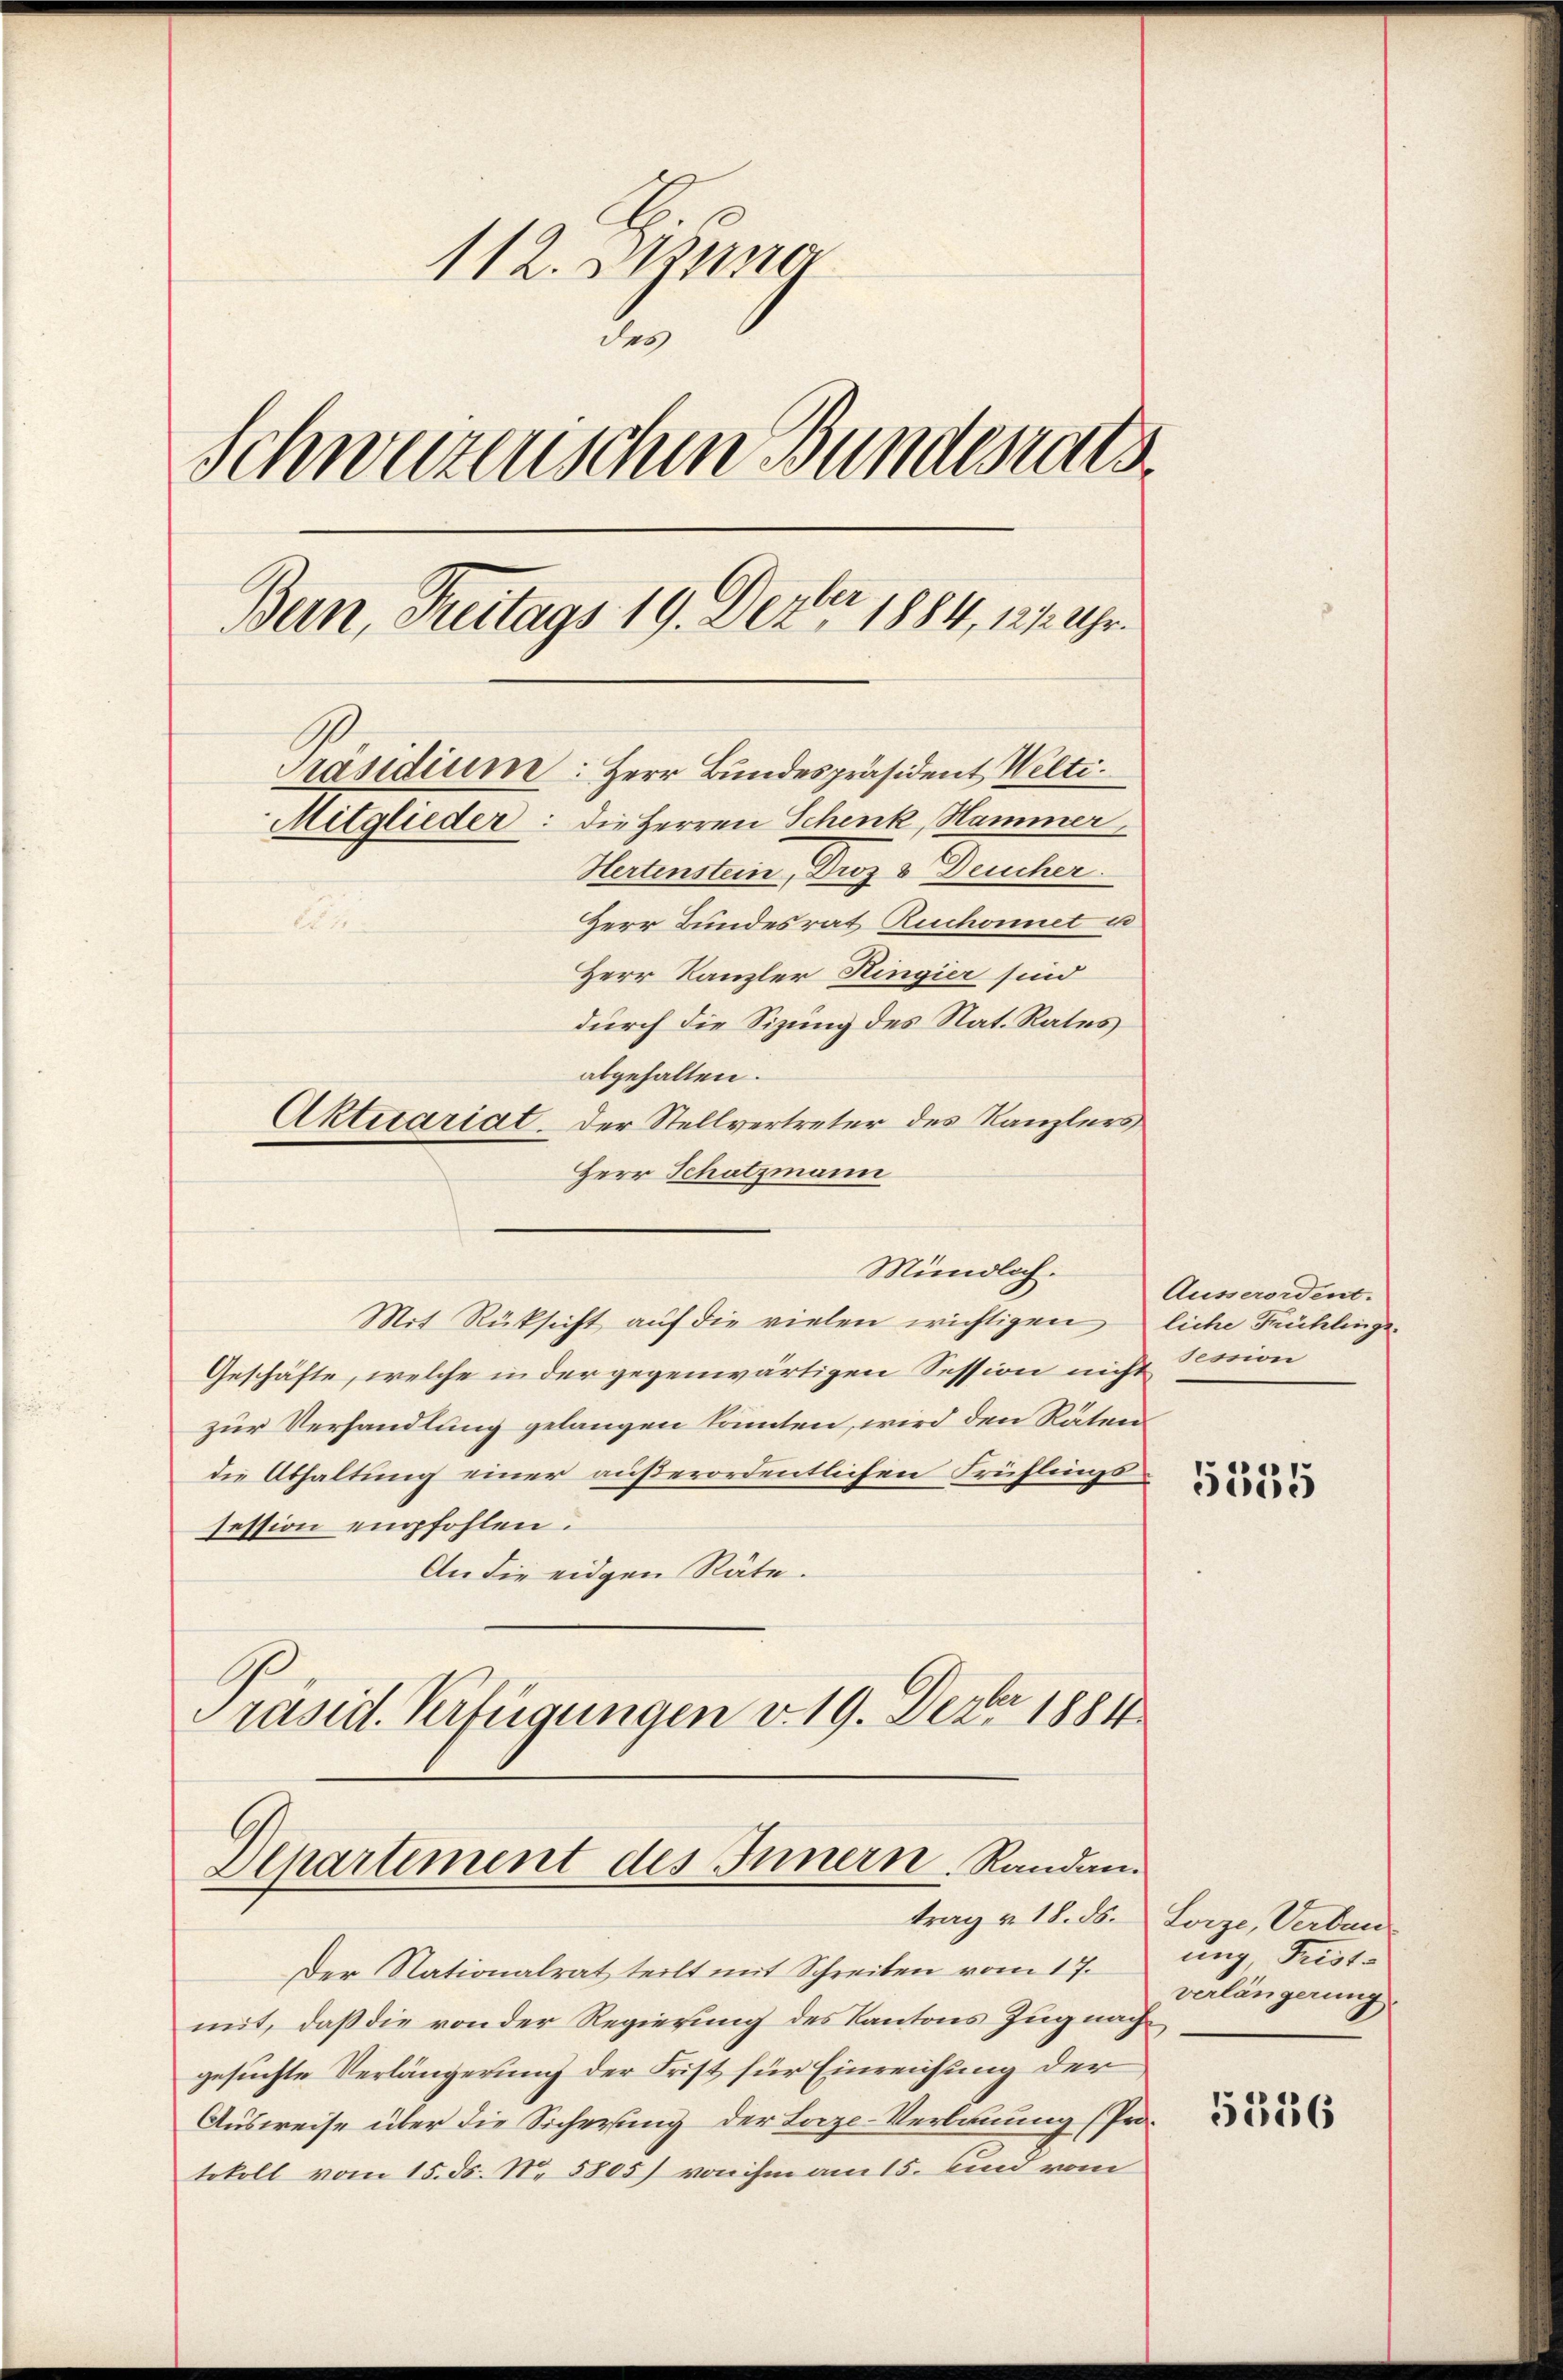
112. Miner
des
Schwuzerischen Bundesrats
Bun, Treitags 19. Dezbr 1884, 11. Uhr.
Präsidium: Herr Bundespräsident Welti.
Mitglieder: die Herren Schenk, Hammer
Hertenstein, Droz 3 Deucher
Herr Bundesrat Ruchonnet u

Herr Kanzler Hingier sind
durch die Sizung des Nat. Rates
abgehalten.
Aktetariat. Der Stellvertreter des Kanzlers
Herr Schatzmann

Mündlich.
Mit Rüksicht auf die vielen wichtigen liche Frühlinge¬
Geschäfte, welche in der gegenwärtigen Session nicht Nession
zur Verhandlung gelangen könnten, wird den Räten
die Abhaltung einer außerordentlichen Frühlings
session empfohlen.
An die eidgen Räte.
Präsid. Verfügungen v. 19. Dezbr. 1881

Departement des Innern, Randantrag v. 18. ds. Lorze, Verban

Der Nationalrat teilt mit Schreiben vom 17.
mit, daß die von der Regierung des Kantons Zug nach
gesuchte Verlängerung der Frist für Einreichung der
Ausweise über die Sicherung der Lorze-Verbauung (Protokoll vom 15. ds. No. 5805) von ihm am 15. Kind vom

Ausserordent.

5555

ung, Fristverlängerung.

5156